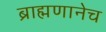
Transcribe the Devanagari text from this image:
ब्राह्मणानेच